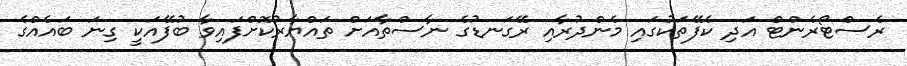
ރެސްޓޯރެންޓް އަދި ކެފޭތަކުގައި މެންދުރާއި ރޭގަނޑުގެ ނާސްތާއަށް ތައްޔާރުކޮށްފައިވާ ބުފޭއަކީ ގިނަ ބައެއްގެ